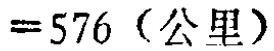
$=576 \text{（公里）}$